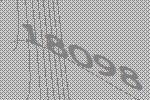
18098